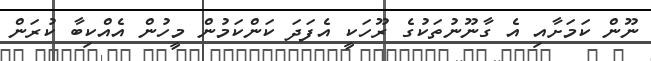
ނޫން ކަމަށާއި އެ ގާނޫނުތަކުގެ ރޫހަކީ އެފަދަ ކަންކަމުން މީހުން އެއްކިބާ ކުރަން